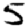
Digit: 5